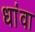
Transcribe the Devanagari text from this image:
धांवा